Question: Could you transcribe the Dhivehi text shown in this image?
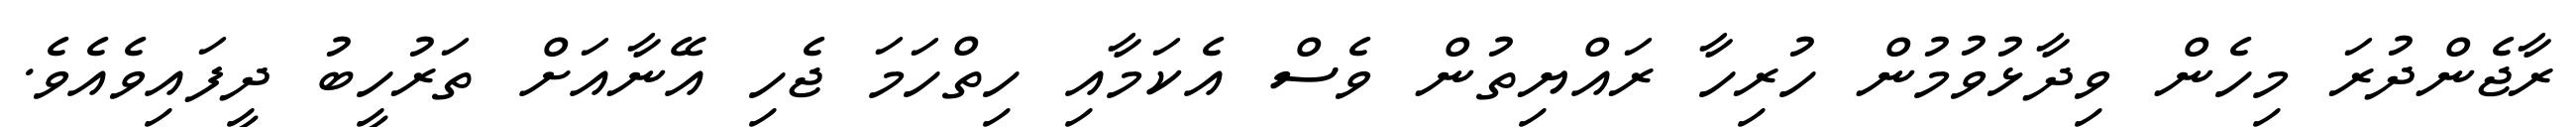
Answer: ރާޖެންދުރަ މިހެން ވިދާޅުވުމުން ހުރިހާ ރައްޔިތުން ވެސް އެކަމާއި ހިތްހަމަ ޖެހި އޭނާއަށް ތަރުހީބު ދީފައިވެއެވެ.